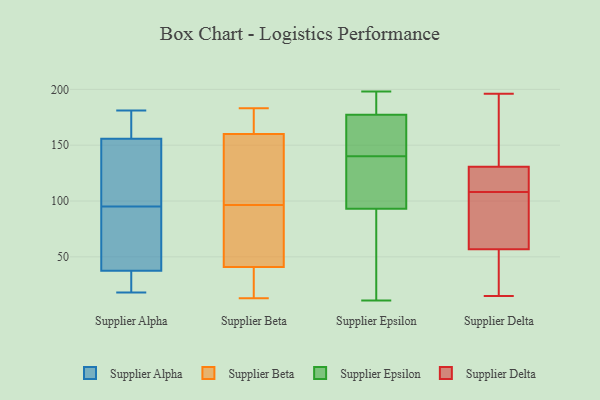
{"axis": {"x": "Latency (ms)", "y": "Value"}, "legend": ["Supplier Alpha", "Supplier Beta", "Supplier Delta", "Supplier Epsilon"], "data": [{"x": "", "y": 111, "type": "Supplier Alpha"}, {"x": "", "y": 35, "type": "Supplier Alpha"}, {"x": "", "y": 176, "type": "Supplier Alpha"}, {"x": "", "y": 18, "type": "Supplier Alpha"}, {"x": "", "y": 64, "type": "Supplier Alpha"}, {"x": "", "y": 20, "type": "Supplier Alpha"}, {"x": "", "y": 95, "type": "Supplier Alpha"}, {"x": "", "y": 89, "type": "Supplier Alpha"}, {"x": "", "y": 42, "type": "Supplier Alpha"}, {"x": "", "y": 156, "type": "Supplier Alpha"}, {"x": "", "y": 155, "type": "Supplier Alpha"}, {"x": "", "y": 36, "type": "Supplier Alpha"}, {"x": "", "y": 180, "type": "Supplier Alpha"}, {"x": "", "y": 118, "type": "Supplier Alpha"}, {"x": "", "y": 146, "type": "Supplier Alpha"}, {"x": "", "y": 92, "type": "Supplier Alpha"}, {"x": "", "y": 181, "type": "Supplier Alpha"}, {"x": "", "y": 167, "type": "Supplier Alpha"}, {"x": "", "y": 18, "type": "Supplier Alpha"}, {"x": "", "y": 67, "type": "Supplier Beta"}, {"x": "", "y": 108, "type": "Supplier Beta"}, {"x": "", "y": 62, "type": "Supplier Beta"}, {"x": "", "y": 183, "type": "Supplier Beta"}, {"x": "", "y": 30, "type": "Supplier Beta"}, {"x": "", "y": 181, "type": "Supplier Beta"}, {"x": "", "y": 100, "type": "Supplier Beta"}, {"x": "", "y": 16, "type": "Supplier Beta"}, {"x": "", "y": 41, "type": "Supplier Beta"}, {"x": "", "y": 118, "type": "Supplier Beta"}, {"x": "", "y": 160, "type": "Supplier Beta"}, {"x": "", "y": 93, "type": "Supplier Beta"}, {"x": "", "y": 123, "type": "Supplier Beta"}, {"x": "", "y": 13, "type": "Supplier Beta"}, {"x": "", "y": 47, "type": "Supplier Beta"}, {"x": "", "y": 25, "type": "Supplier Beta"}, {"x": "", "y": 165, "type": "Supplier Beta"}, {"x": "", "y": 179, "type": "Supplier Beta"}, {"x": "", "y": 166, "type": "Supplier Epsilon"}, {"x": "", "y": 58, "type": "Supplier Epsilon"}, {"x": "", "y": 140, "type": "Supplier Epsilon"}, {"x": "", "y": 11, "type": "Supplier Epsilon"}, {"x": "", "y": 124, "type": "Supplier Epsilon"}, {"x": "", "y": 117, "type": "Supplier Epsilon"}, {"x": "", "y": 194, "type": "Supplier Epsilon"}, {"x": "", "y": 35, "type": "Supplier Epsilon"}, {"x": "", "y": 159, "type": "Supplier Epsilon"}, {"x": "", "y": 198, "type": "Supplier Epsilon"}, {"x": "", "y": 163, "type": "Supplier Epsilon"}, {"x": "", "y": 193, "type": "Supplier Epsilon"}, {"x": "", "y": 85, "type": "Supplier Epsilon"}, {"x": "", "y": 129, "type": "Supplier Epsilon"}, {"x": "", "y": 181, "type": "Supplier Epsilon"}, {"x": "", "y": 77, "type": "Supplier Delta"}, {"x": "", "y": 15, "type": "Supplier Delta"}, {"x": "", "y": 16, "type": "Supplier Delta"}, {"x": "", "y": 196, "type": "Supplier Delta"}, {"x": "", "y": 81, "type": "Supplier Delta"}, {"x": "", "y": 116, "type": "Supplier Delta"}, {"x": "", "y": 155, "type": "Supplier Delta"}, {"x": "", "y": 133, "type": "Supplier Delta"}, {"x": "", "y": 124, "type": "Supplier Delta"}, {"x": "", "y": 108, "type": "Supplier Delta"}, {"x": "", "y": 50, "type": "Supplier Delta"}, {"x": "", "y": 117, "type": "Supplier Delta"}, {"x": "", "y": 19, "type": "Supplier Delta"}, {"x": "", "y": 96, "type": "Supplier Delta"}, {"x": "", "y": 194, "type": "Supplier Delta"}]}